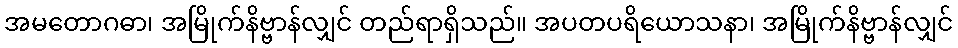
အမတောဂဓာ၊ အမြိုက်နိဗ္ဗာန်လျှင် တည်ရာရှိသည်။ အပတပရိယောသနာ၊ အမြိုက်နိဗ္ဗာန်လျှင်